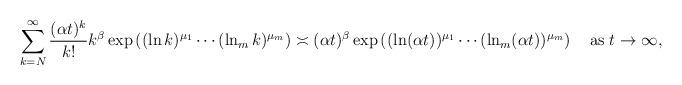
LaTeX: \begin{align*}\sum_{k=N}^\infty\frac{(\alpha t)^k}{k!}k^\beta\exp\left((\ln k)^{\mu_1}\cdots(\ln_mk)^{\mu_m}\right)\asymp (\alpha t)^\beta\exp\left((\ln(\alpha t))^{\mu_1}\cdots(\ln_m(\alpha t))^{\mu_m}\right)\quad\mbox{as $t\to\infty$},\end{align*}